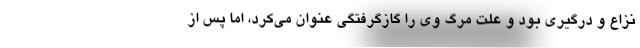
نزاع و درگیری بود و علت مرگ وی را گازگرفتگی عنوان می‌کرد، اما پس از